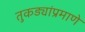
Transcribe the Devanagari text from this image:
तुकड्यांप्रमाणे